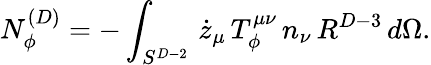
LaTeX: N_{\phi}^{(D)}=-\int_{S^{D-2}}\, \dot{z}_{\mu}\, T_{\phi}^{\mu\nu}\, n_{\nu}\, R^{D-3}\, d\Omega.